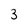
Character: 3